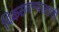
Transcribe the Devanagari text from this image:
विकसवण्यासाठी